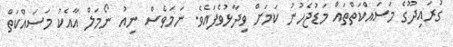
ގުރައިދޫގެ މަސައްކަތްތައް މަޑުޖެހުނު ކަމަށް ވިދާޅުވެފައެވެ. ނަމަވެސް ނިއު ނޯމަލް އާއެކު މަސައްކަތް